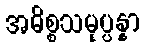
အဓိစ္စသမုပ္ပန္နာ